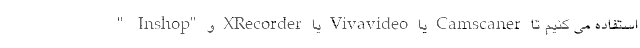
" Inshop" و XRecorder یا Vivavideo یا Camscaner استفاده می کنیم تا